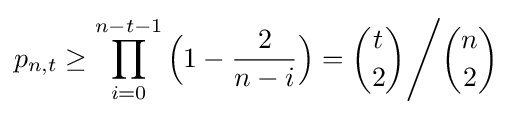
p_{n,t}\geq \prod _{i=0}^{n-t-1}{\Bigl (}1-{\frac {2}{n-i}}{\Bigr )}={\binom {t}{2}}{\Bigg /}{\binom {n}{2}}